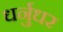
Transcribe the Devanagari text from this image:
धर्नुधर